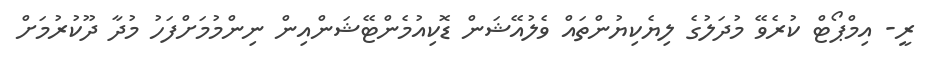
ރީ- އިމްޕޯޓް ކުރެވޭ މުދަލުގެ ލިޔެކިޔުންތައް ވެލުއޭޝަން ޑޮކިއުމެންޓޭޝަންއިން ނިންމުމަށްފަހު މުދާ ދޫކުރުމަށް